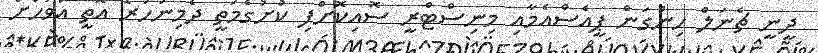
ދީނީ ޗެނަލް ހިންގަން ޕީއެސްއެމާއި މިނިސްޓްރީ ސޮއިކޮށްފި ކުށުގެމަތީ ދެމިނުހުރެ އޮތީ އަވަހަށް